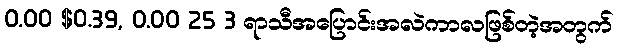
0.00 $0.39, 0.00 25 3 ရာသီအပြောင်းအလဲကာလဖြစ်တဲ့အတွက်